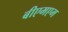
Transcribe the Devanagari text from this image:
बीएमएम